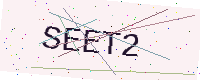
Text: SEET2